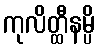
ကုလိတ္ထီနမ္ပိ